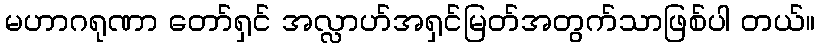
မဟာဂရုဏာ တော်ရှင် အလ္လာဟ်အရှင်မြတ်အတွက်သာဖြစ်ပါ တယ်။